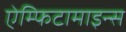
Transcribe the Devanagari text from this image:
ऐम्फिटामाइन्स